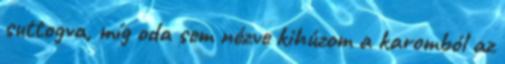
suttogva, míg oda sem nézve kihúzom a karomból az